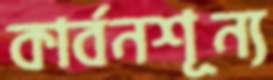
কার্বনশূন্য